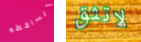
الساقطه لاتثق